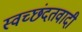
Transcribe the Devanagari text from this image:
स्वच्छंदतवादी